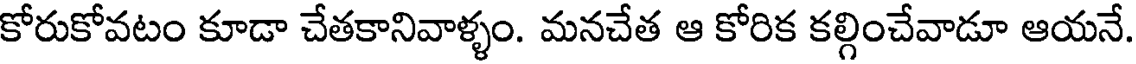
కోరుకోవటం కూడా చేతకానివాళ్ళం. మనచేత ఆ కోరిక కల్గించేవాడూ ఆయనే